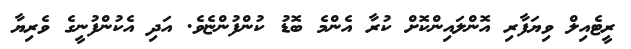
ރީޓެއިލް ވިޔަފާރި އޮންލައިންކޮށް ކުރާ އެންމެ ބޮޑު ކުންފުންޏެވެ. އަދި އެކުންފުނީގެ ވެރިޔާ